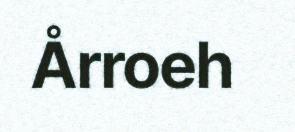
Årroeh